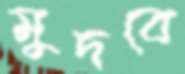
মুদবে